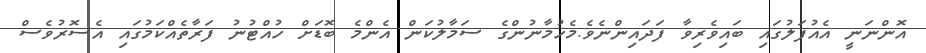
އޮންނަނީ އެއުފަލުގައި ބައިވެރިވާ ފަދައިންނެވެ.މެހުމާނުންގެ ސަމާލުކަން އެންމެ ބޮޑަށް ހުއްޓުނު ފަރާތެއްކަމުގައި އެސޮރުވެސް